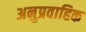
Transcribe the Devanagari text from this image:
अनुप्रवाहिक